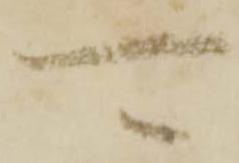
可